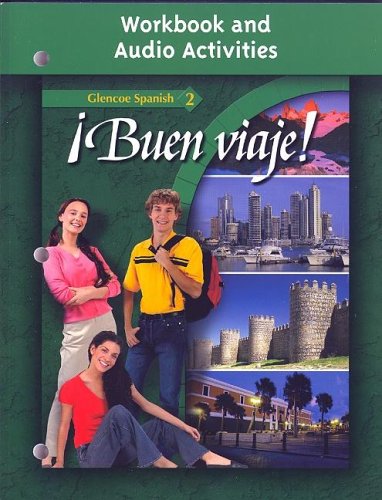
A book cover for Â¡Buen viaje! Level 2, Workbook and Audio Activities Student Edition (GLENCOE SPANISH); McGraw-Hill Education; Teen & Young Adult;